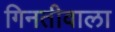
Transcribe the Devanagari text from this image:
गिनतीवाला